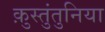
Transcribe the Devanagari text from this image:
क़ुस्तुंतुनिया